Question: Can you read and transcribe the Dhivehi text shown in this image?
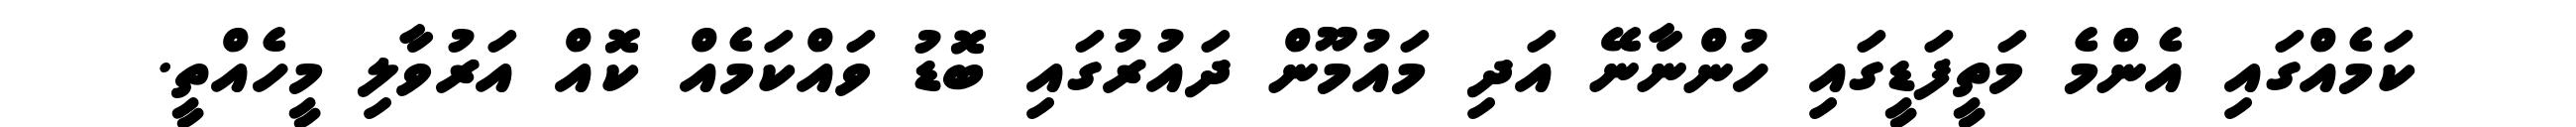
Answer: ކަމެއްގައި އެންމެ މަތީފަޑީގައި ހުންނާނޭ އަދި މައުމޫން ދައުރުގައި ބޮޑު ވައްކަމެއް ކޮއް އަރުވާލި މީހެއްތީ.